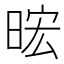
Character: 𪰧